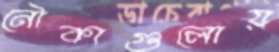
নৌকাগুলোয়